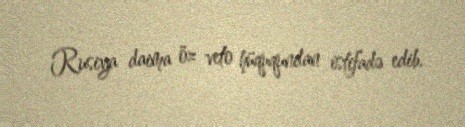
Rusiya daima öz veto hüququndan istifadə edib.